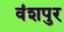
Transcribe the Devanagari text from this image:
वंशपुर